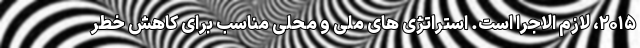
۲۰۱۵، لازم الاجرا است. استراتژی های ملی و محلی مناسب برای کاهش خطر